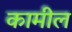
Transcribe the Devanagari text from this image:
कामील